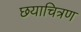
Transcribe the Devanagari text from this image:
छयाचित्रण